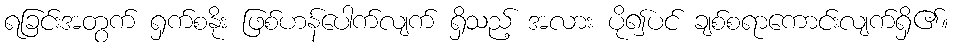
ရခြင်းအတွက် ရှက်စနိုး ဖြစ်ဟန်ပေါက်လျက် ရှိသည့် အလား ပို၍ပင် ချစ်စရာကောင်းလျက်ရှိ၏။